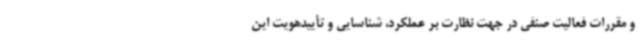
و مقررات فعالیت صنفی در جهت نظارت بر عملکرد، شناسایی و تأییدهویت این